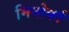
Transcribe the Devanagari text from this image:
मिनोर्का